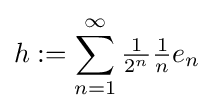
h:=\sum _{n=1}^{\infty }{\tfrac {1}{2^{n}}}{\tfrac {1}{n}}e_{n}